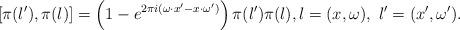
LaTeX: \begin{align*}[\pi(\l'), \pi(\l)] = \left(1 - e^{2 \pi i (\omega \cdot x' - x \cdot \omega')}\right) \pi(\l') \pi(\l), \l = (x,\omega), \ \l' = (x', \omega').\end{align*}